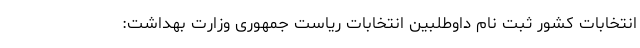
انتخابات کشور ثبت نام داوطلبین انتخابات ریاست جمهوری وزارت بهداشت: